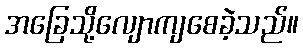
အခြေသို့လျောကျစေခဲ့သည်။